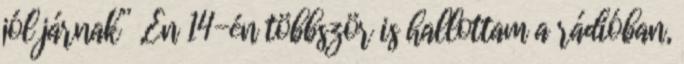
jól járnak” „Én 14-én többször is hallottam a rádióban,